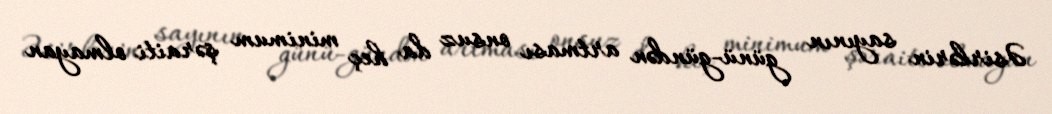
Əsirlərin sayının günü-gündən artması onsuz da heç minimum şəraiti olmayan